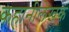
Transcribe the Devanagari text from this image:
कहानीलेखक